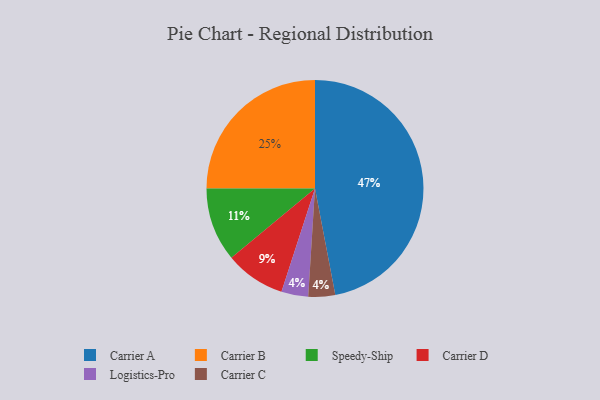
{"axis": {"x": "Category", "y": "Percentage"}, "legend": ["Carrier A", "Carrier B", "Carrier C", "Carrier D", "Logistics-Pro", "Speedy-Ship"], "data": [{"x": "Carrier B", "y": 25, "type": "Carrier B"}, {"x": "Carrier A", "y": 47, "type": "Carrier A"}, {"x": "Speedy-Ship", "y": 11, "type": "Speedy-Ship"}, {"x": "Logistics-Pro", "y": 4, "type": "Logistics-Pro"}, {"x": "Carrier C", "y": 4, "type": "Carrier C"}, {"x": "Carrier D", "y": 9, "type": "Carrier D"}]}